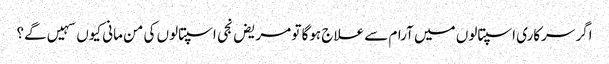
اگر سرکاری اسپتالوں میں آرام سے علاج ہوگا تو مریض نجی اسپتالوں کی من مانی کیوں سہیں گے؟